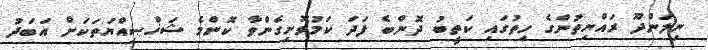
ނިލަންދޫ ރައްޔިތުންގެ ހިތުގައި ކަތީބު ދޮންބެ ފަދަ ކަމުވޮށިގެންވާ ކޮންމެ ޝަޚްޞިއްޔަތަކަށް އަބަދު